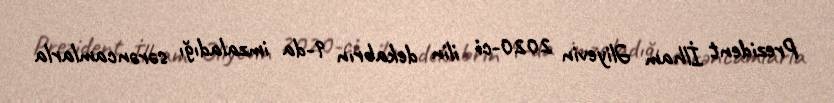
Prezident İlham Əliyevin 2020-ci ilin dekabrın 9-da imzaladığı sərəncamlarla